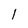
Character: l